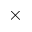
\times